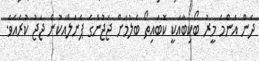
ދެން އެންމެ މީރު ބޯކިބާއަކީ ކޮބައިތޯ ބެލުމަށް ޖަޖުންގެ ޕެނަލްއަކުން ޖަޖު ކުރެއެވެ.